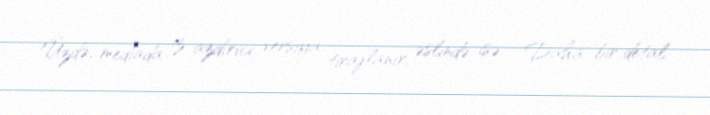
Üzdə, mediada iz azdırıcı versiya tirajlanır, əslində isə... Daha bir detal: